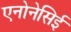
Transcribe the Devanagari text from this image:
एनोनेसिई